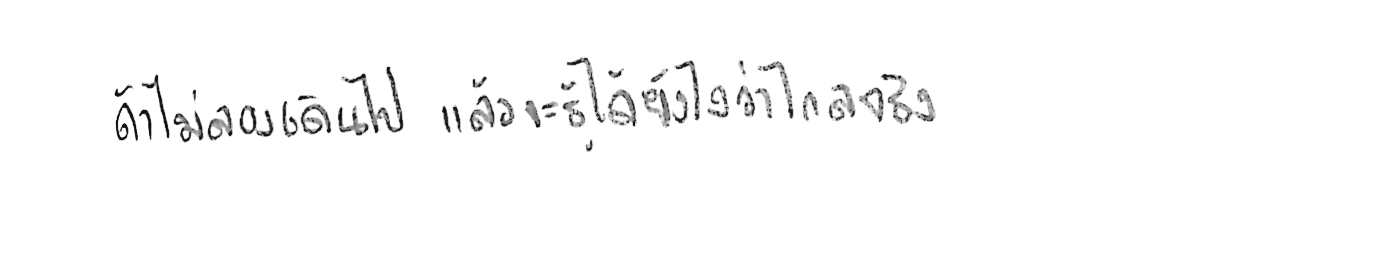
ถ้าไม่ลองเดินไป แล้วจะรู้ได้ยังไงว่าไกลจริง